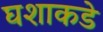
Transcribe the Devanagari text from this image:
घशाकडे